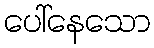
ပေါ်နေသော